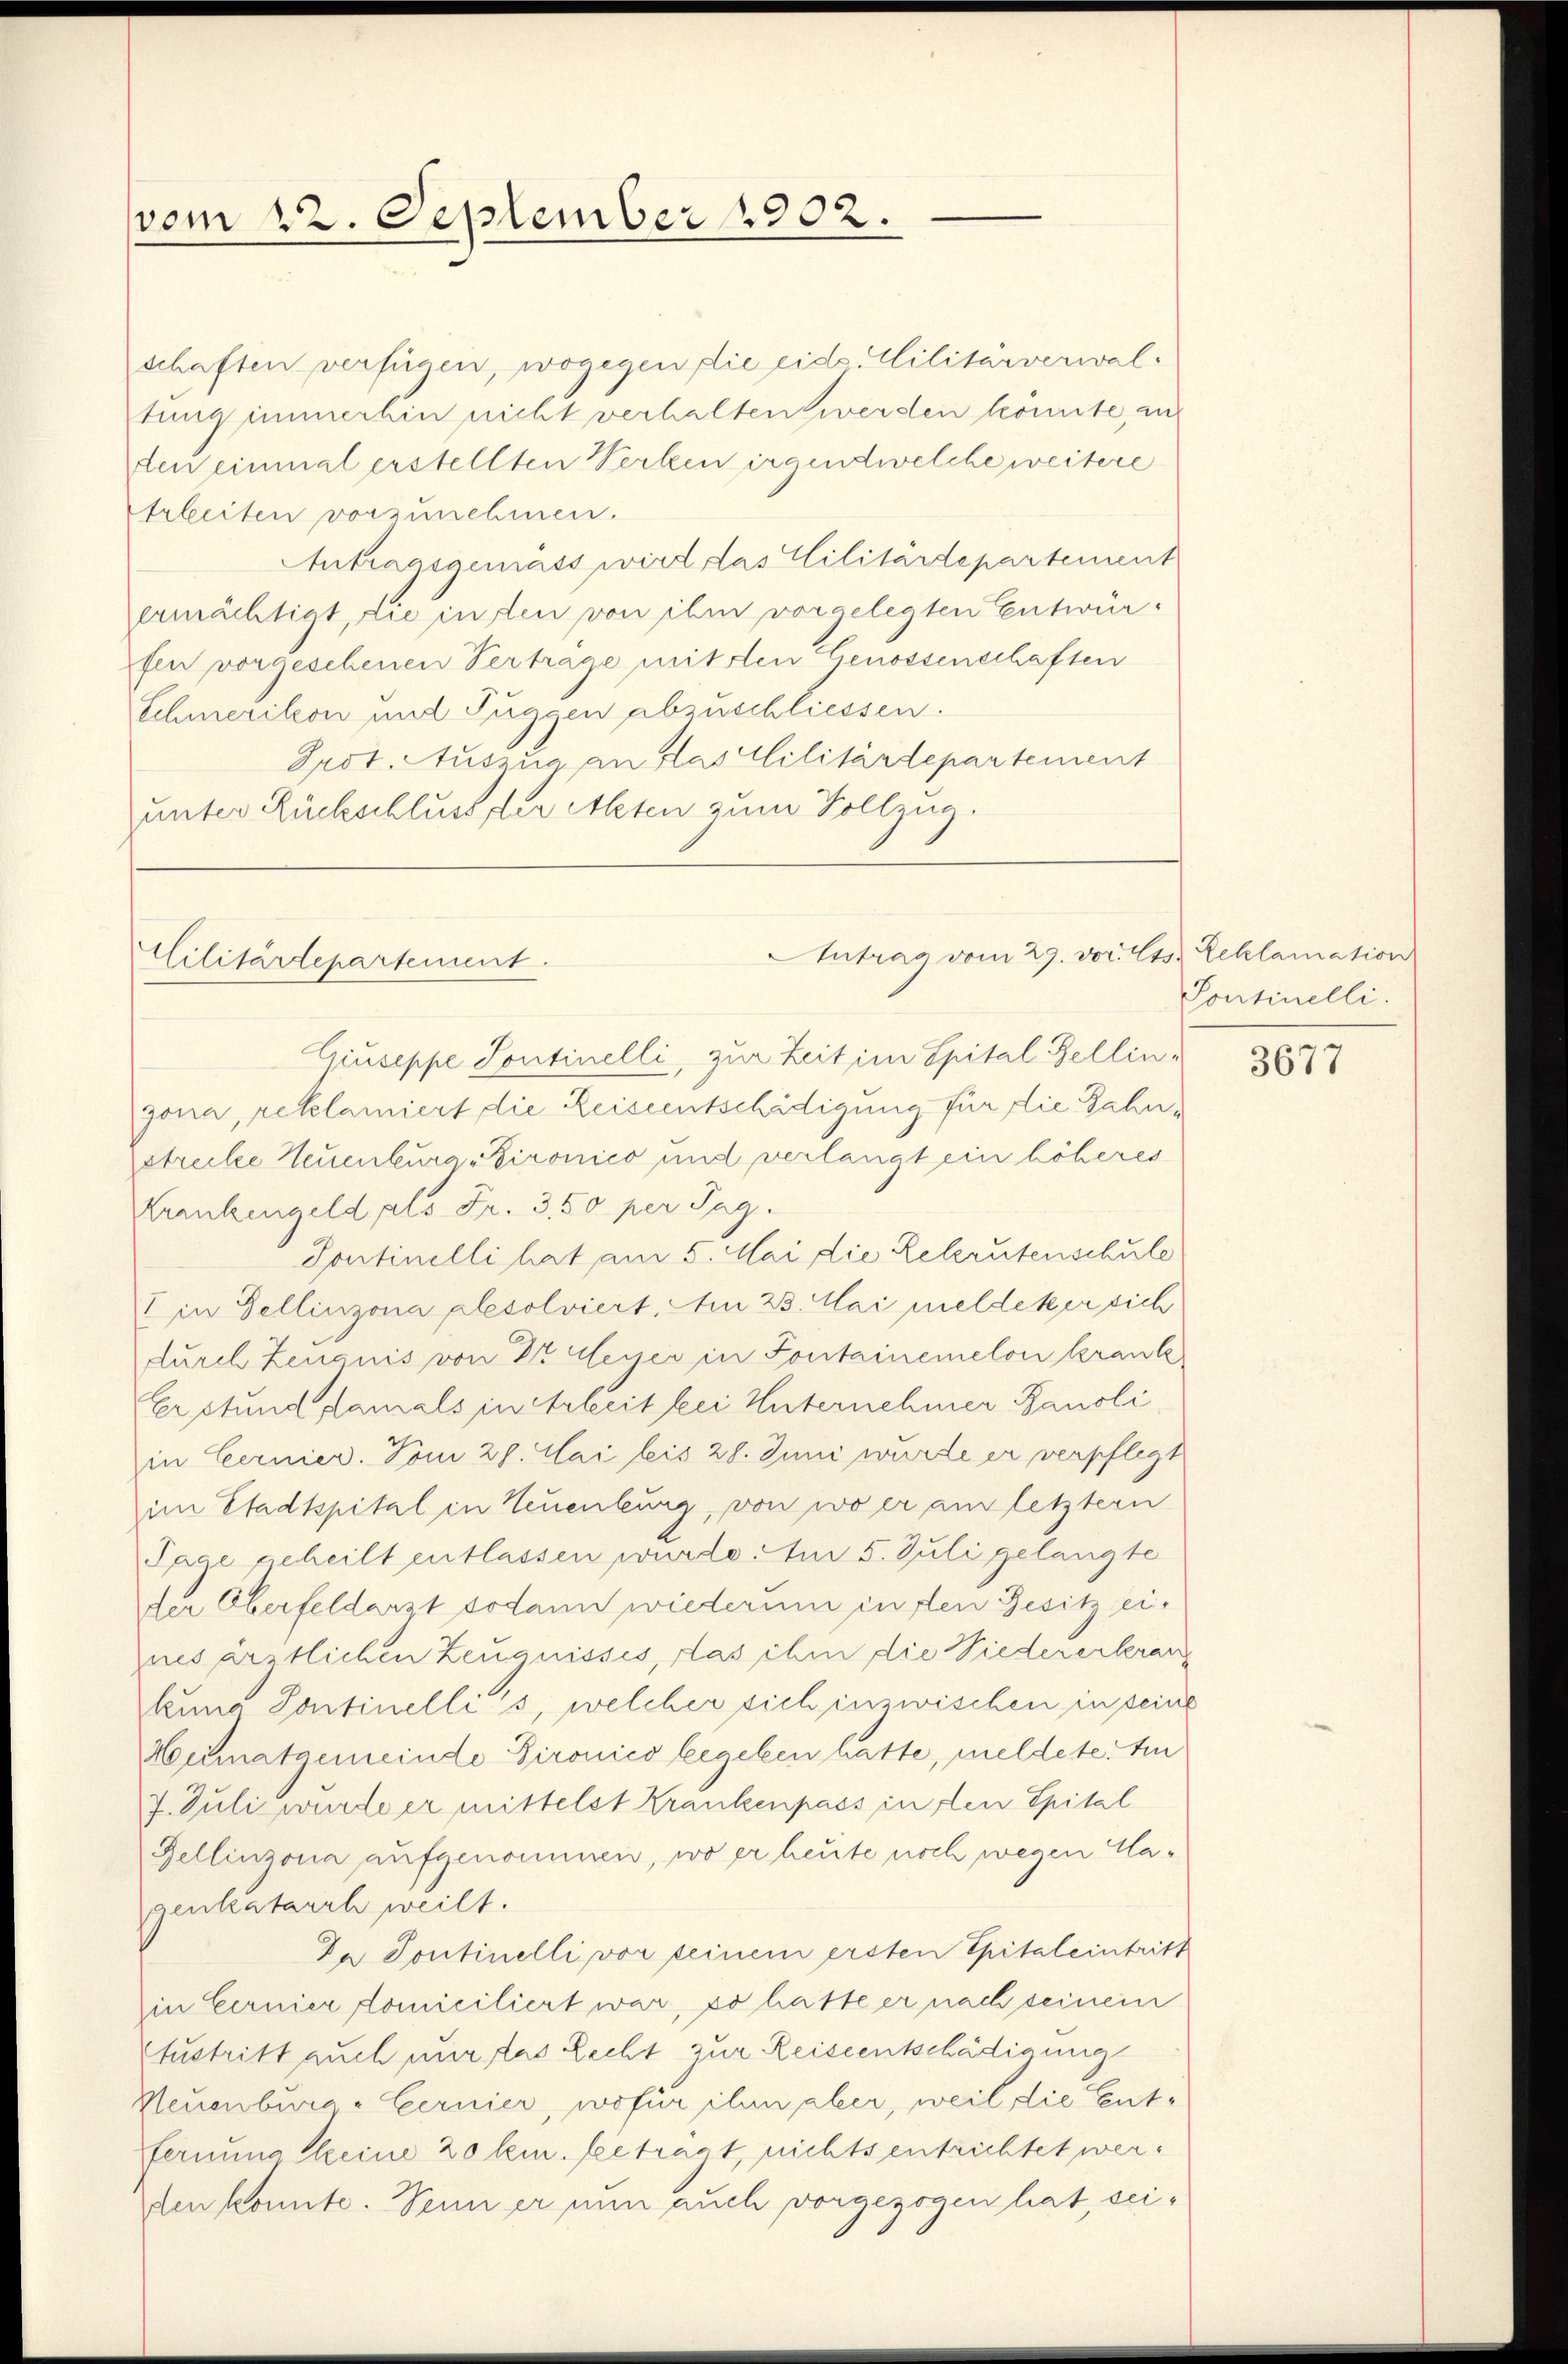
vom 22. September 1902.

schaften verfügen, wogegen die eid. Militärverwaltung immerhin nicht verhalten werden konnte, an
den einmal erstellten Werken irgendwelche weitere
Arbeiten vorzunehmen.
Antragsgemäss wird das Militärdepartement
ermächtigt, die in den von ihm vorgelegten Entwürfen vorgesehenen Vertrage mit den Genossenschaften
Schmerikon und Fuggen abzuschliessen.
Prot. Auszug an das Militärdepartement
unter Rückschluss der Akten zum Vollzug.
Giuseppe Sontinelli, zur Zeit im Spital Bellinzona, reklamiert die Reiseentschädigung für die Zahnstrecke Neuenburg, Bironico und verlangt ein höheres
Krankengeld als Fr. 350 per Tag.
Sontinelli hat am 5. Mai die Rekrutenschule
I in Dellinzona plesolviert. Am 23. Mai meldeter sich
durch Zeugnis von Dr Meyer in Sontainemelon krank
Erstung, damals in Arbeit feci Unternehmer Bauoli
in Cernier. Vom 29. Mai bis 28. Juni wurde er verpflegt
im Stadtspital in Neuenburg, von wo er am letztern
Pace geheilt entlassen wurde. Am 5. Juli gelangte
der Oberfeldarzt sodann wiederum in den Gesitz ei-
nes ärztlichen Zeugnisses, das ihm die Niedererkran
kuna Pontinellis, welcher sich inzwischen in seine
Heimatgemeinde Dironico begeben hatte, meldete. Ein
7. Juli wurde er mittelst Krankenpass in den Spital
Bellinzona aufgenommen, wo er heute noch wegen Magenkatarrh weilt.
In Sontinelli vor seinem ersten Spitaleintritt
in Eernier domiciliert war, so hatte er nach seinem
Austritt auch mir das Recht zur Reiseentschädigung
Neuenburg-Cernier, wofür ihm aber, weil die Entfernung keine zolem. beträgt, nichtsentrichtet werden konnte. Senn er nun auch vorgezogen hat, sei¬

Militärdepartement.

Antrag vom 29. vor. Cts. Beklamation

Pontinelli.

3677